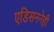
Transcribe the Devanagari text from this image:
एडिसननेही